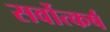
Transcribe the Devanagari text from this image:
सर्वोत्कर्ष